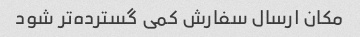
مکان ارسال سفارش کمی گسترده‌تر شود